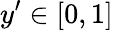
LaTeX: y^{\prime}\in[0,1]